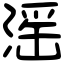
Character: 滛